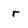
Character: r